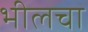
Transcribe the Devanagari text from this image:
भीलचा